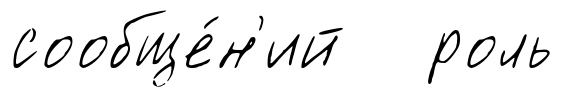
сообще́н'ий роль